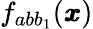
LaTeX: f_{abb_{1}}({\pmb x})